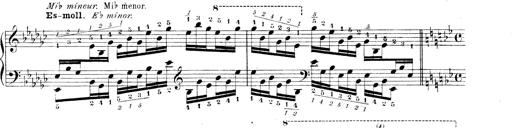
Title: Technische Studien
Composer: Franz Liszt